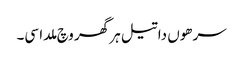
سرھوں دا تیل ہر گھر وچ ملدا سی۔